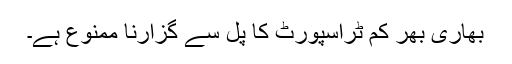
بھاری بھر کم ٹراسپورٹ کا پل سے گزارنا ممنوع ہے۔